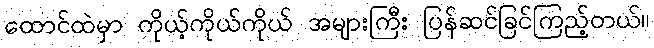
ထောင်ထဲမှာ ကိုယ့်ကိုယ်ကိုယ် အများကြီး ပြန်ဆင်ခြင်ကြည့်တယ်။